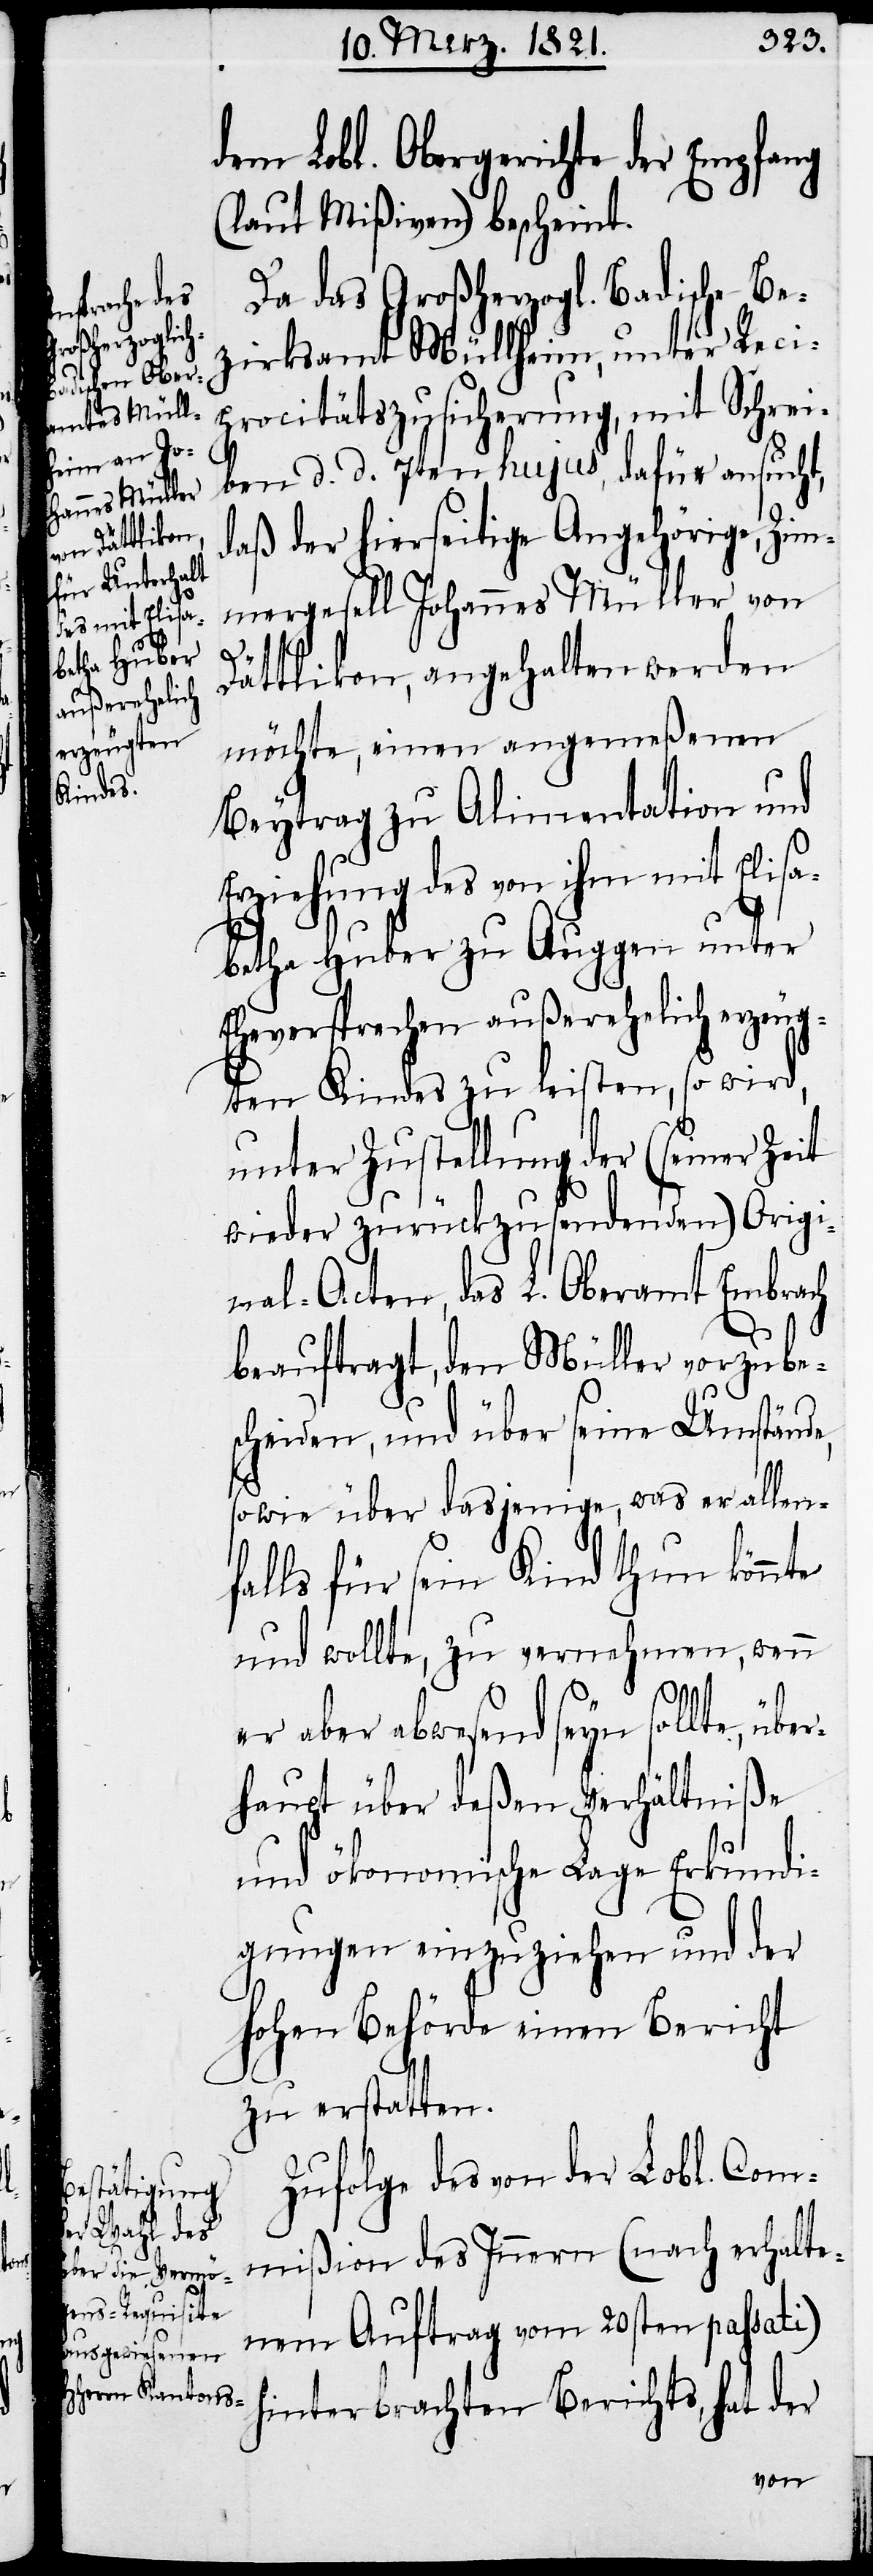
dem Lobl. Obergerichte der Empfang
(laut Mißiven) bescheint.
Da das Großherzogl. Badische Be¬
zirksamt Müllheim, unter Reci¬
procitätszusicherung, mit Schrei¬
ben d. d. 7ten hujus, dafür ansucht,
daß der hierseitige Angehörige, Zim¬
mergesell Johannes Müller von
Dättlikon, angehalten werden
möchte, einen angemeßenen
Beytrag zu Alimentation und
Erziehung des von ihm mit Elisa¬
betha Huber zu Auggen unter
Eheversprechen außerehelich erzeug¬
ten Kindes zu leisten, so wird,
unter Zustellung der (seiner Zeit
wieder zurückzufordernden) Origi¬
nal-Acten, das L. Oberamt Embrach
beauftragt, den Müller vorzube¬
scheiden, und über seine Umstände,
sowie über dasjenige, was er allen¬
falls für sein Kind thun könnte
und wollte, zu vernehmen, wenn
er aber abwesend seyn sollte, übe¬
rhaupt über deßen Verhältniße
und ökonomische Lage Erkundi¬
gungen einzuziehen und der
hohen Behörde einen Bericht
zu erstatten.
Zufolge des von der Lobl. Com¬
mißion des Innern (nach erhalte¬
nem Auftrag vom 20sten passati)
hinterbrachten Berichts, hat der